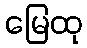
မြေထု